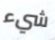
شيء